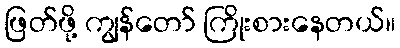
ဖြတ်ဖို့ ကျွန်တော် ကြိုးစားနေတယ်။